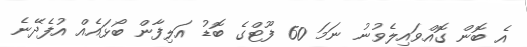
އެ ބޮން ގޮއްވައިލެވުނު ނަމަ 60 ފޫޓްގެ ބޮޑު އަލިފާން ބޯޅައެއް އުފެދޭނެ